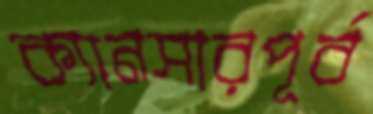
ক্যানসারপূর্ব